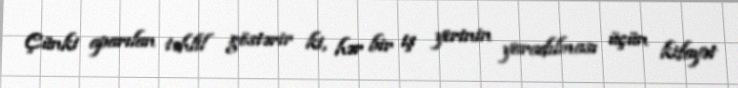
Çünki aparılan təhlil göstərir ki, hər bir iş yerinin yaradılması üçün kifayət